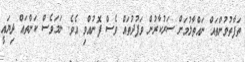
ތަފާތުވުންތައް ނައްތާލުމަށް ސަރުކާރުން ވަފުދުތައް ވެސް ފޮނުއްވި އެވެ. ނަމަވެސް ކަންތައް ދިޔައީ